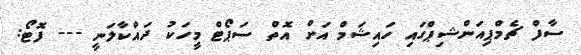
ސާފް ޗެމްޕިއަންޝިޕްގައި ހައިޝަމް އަށް އޮތް ސަޕޯޓް މީހަކު ދައްކާލަނީ --- ފޮޓޯ: